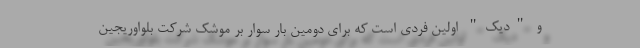
و "دیک" اولین فردی است که برای دومین بار سوار بر موشک شرکت بلواوریجین